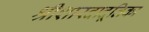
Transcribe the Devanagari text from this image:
श्रीशारदादूतिका